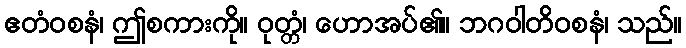
ဧတံဝစနံ၊ ဤစကားကို။ ဝုတ္တံ၊ ဟောအပ်၏။ ဘဂဝါတိဝစနံ၊ သည်။